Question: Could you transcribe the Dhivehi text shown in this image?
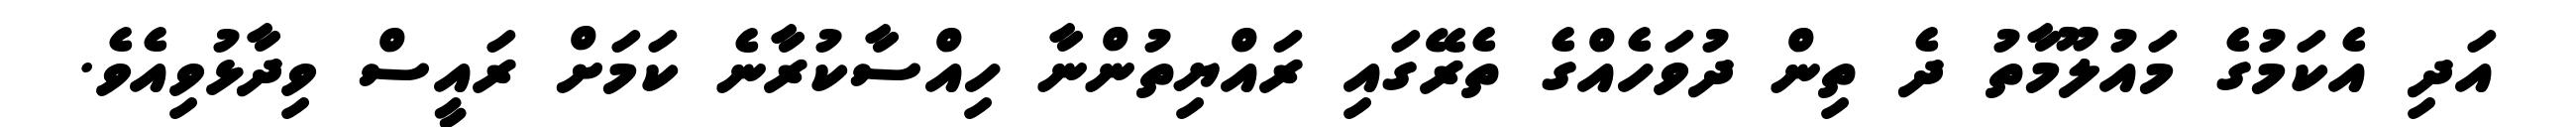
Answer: އަދި އެކަމުގެ މައުލޫމާތު ދެ ތިން ދުވަހެއްގެ ތެރޭގައި ރައްޔިތުންނާ ހިއްސާކުރާނެ ކަމަށް ރައީސް ވިދާޅުވިއެވެ.